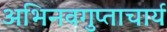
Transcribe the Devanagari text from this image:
अभिनवगुप्ताचार्य